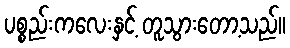
ပစ္စည်းကလေးနှင့် တူသွားတော့သည်။